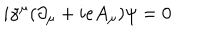
i { \gamma } ^ { \mu } ( { \partial } _ { \mu } + i e A _ { \mu } ) { \psi } = 0